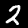
Digit: 2